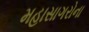
મહાસાગરોના